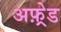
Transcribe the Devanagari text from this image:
अफ़्रेड